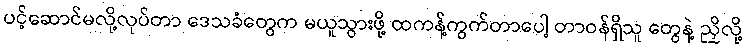
ပင့်ဆောင်မလို့လုပ်တာ ဒေသခံတွေက မယူသွားဖို့ ထကန့်ကွက်တာပေါ့ တာဝန်ရှိသူ တွေနဲ့ ညှိလို့